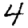
Digit: 4